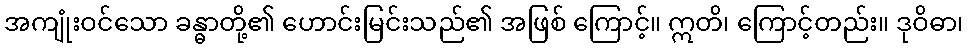
အကျုံးဝင်သော ခန္ဓာတို့၏ ဟောင်းမြင်းသည်၏ အဖြစ် ကြောင့်။ ဣတိ၊ ကြောင့်တည်း။ ဒုဝိဓာ၊